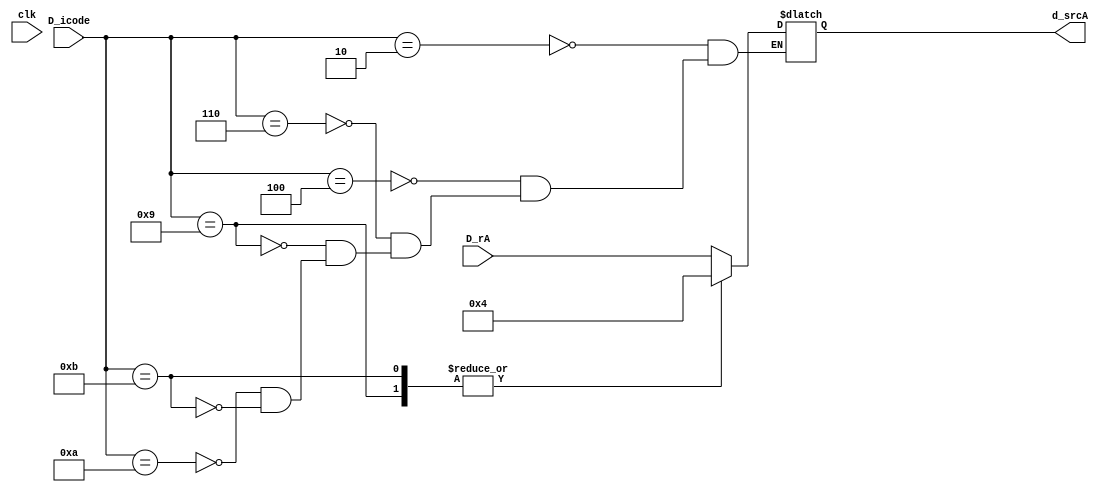
module D_srcA(clk,D_icode,D_rA,d_srcA);

input clk;
input [3:0] D_icode;
input [3:0] D_rA;

output reg [3:0] d_srcA;

always @(*)
begin

case(D_icode)
        
        4'b0010 :  d_srcA <= D_rA;       //cmovxx
    //    4'b0011 :  d_srcA = 15  ;       //irmovq
        4'b0100 :  d_srcA <= D_rA;       //rmmovq
    //    4'b0101 :  d_srcA = 15;       //mrmovq
        4'b0110 :  d_srcA <= D_rA;       //OPq
    //    4'b1000 :  d_srcA = 15   ;       //call
        4'b1001 :  d_srcA <= 4   ;       //ret
        4'b1010 :  d_srcA <= D_rA;       //pushq
        4'b1011 :  d_srcA <= 4   ;       //popq

    endcase


end


endmodule